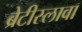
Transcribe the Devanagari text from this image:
ब्रेटीस्लावा